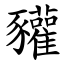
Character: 䝔